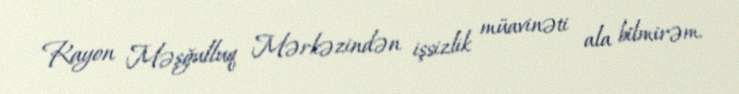
Rayon Məşğulluq Mərkəzindən işsizlik müavinəti ala bilmirəm.